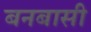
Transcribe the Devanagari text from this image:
बनबासी